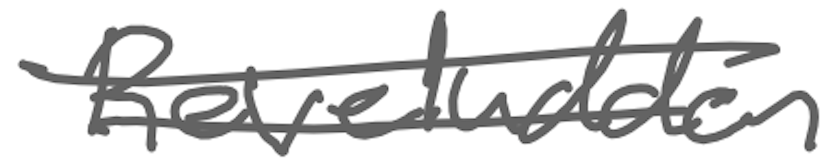
Text: Reveludden
Cross-out: double-line
Writing tool: digital_gray